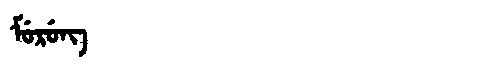
Manchu: ᠮᡠᡵᡠᠩ
Romanization: MURUNG